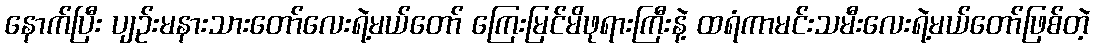
နောက်ပြီး ပျဉ်းမနားသားတော်လေးရဲ့မယ်တော် ကြေးမြင်မိဖုရားကြီးနဲ့ ထရံကာမင်းသမီးလေးရဲ့မယ်တော်ဖြစ်တဲ့